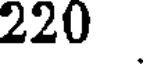
220